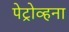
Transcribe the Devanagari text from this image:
पेट्रोव्हना